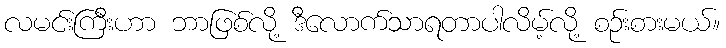
လမင်းကြီးဟာ ဘာဖြစ်လို့ ဒီလောက်သာရတာပါလိမ့်လို့ စဉ်းစားမယ်။